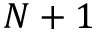
N + 1